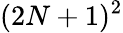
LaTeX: (2N+1)^{2}